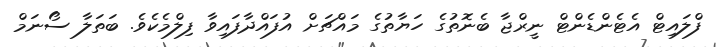
ފްލައިޓް އެޓެންޑެންޓް ނީރްޖާ ބެނޮތުގެ ހަޔާތުގެ މައްޗަށް އުފައްދާފައިވާ ފިލްމެކެވެ. ބަތަލާ ސޯނަމް